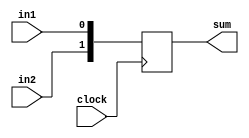
//Values of two input switches dictate whether PMT1, PMT2, sum
//or both values are passed on
module SumControl (clock,in1,in2,sum);
input clock;
input in1;
input in2;
output reg [1:0] sum;

always@(posedge clock)
begin

sum[0]<=in1;
sum[1]<=in2;

end
endmodule